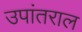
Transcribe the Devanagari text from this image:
उपांतराल